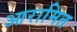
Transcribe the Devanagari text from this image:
आरामित